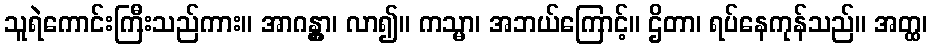
သူရဲကောင်းကြီးသည်ကား။ အာဂန္တွာ၊ လာ၍။ ကသ္မာ၊ အဘယ်ကြောင့်။ ဌိတာ၊ ရပ်နေကုန်သည်။ အတ္ထ၊